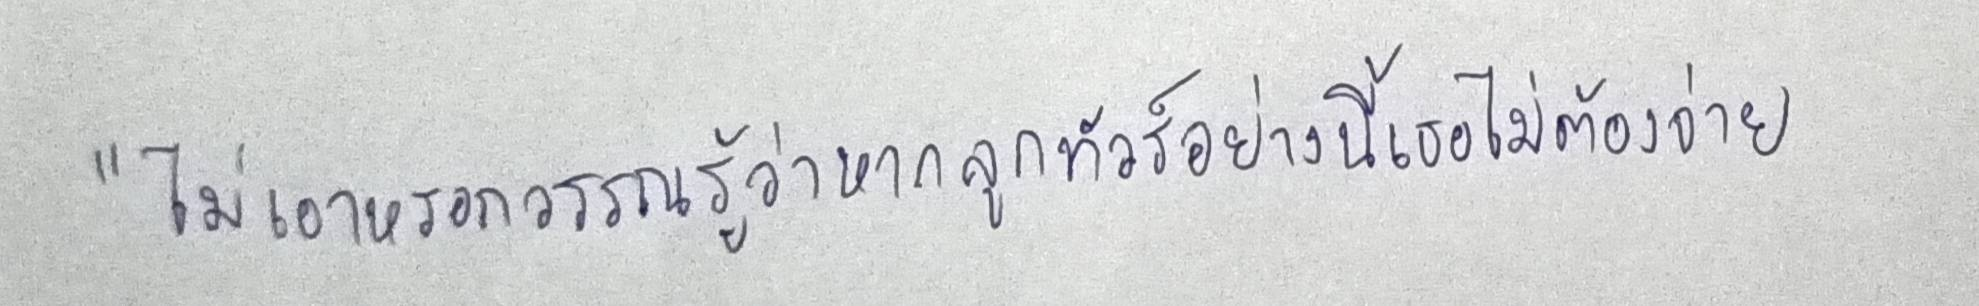
"ไม่เอาหรอกวรรณรู้ว่าหากลูกทัวร์อย่างนี้เธอไม่ต้องจ่าย